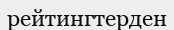
рейтингтерден